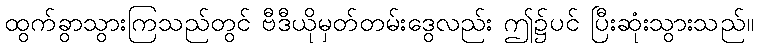
ထွက်ခွာသွားကြသည်တွင် ဗီဒီယိုမှတ်တမ်းဒွေလည်း ဤ၌ပင် ပြီးဆုံးသွားသည်။